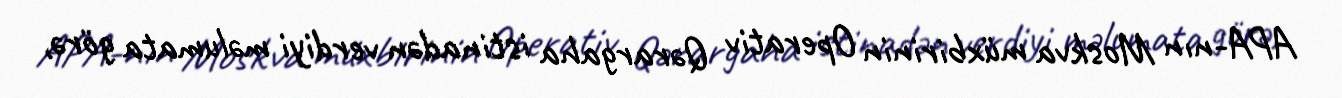
APA-nın Moskva müxbirinin Operativ Qərargaha istinadən verdiyi məlumata görə,